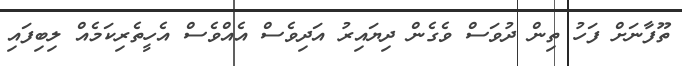
ތޫފާނަށް ފަހު ތިން ދުވަސް ވެގެން ދިޔައިރު އަދިވެސް އެއްވެސް އެހީތެރިކަމެއް ލިބިފައި